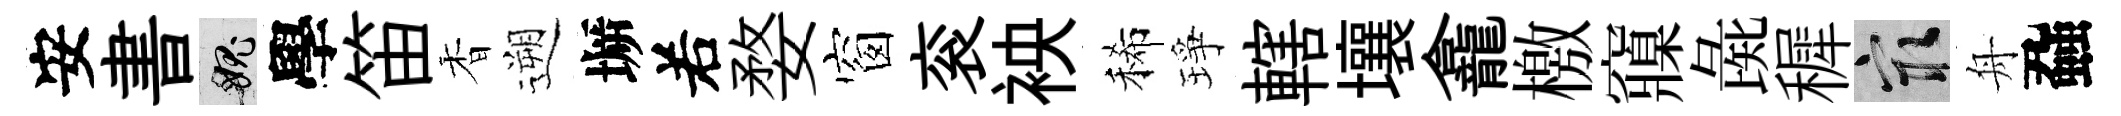
安書愧學笛香遡󶱲𠰥婺窗衮䘧稀琤轄壤龕檄䆿彘穉冣舟蝨